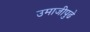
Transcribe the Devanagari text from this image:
उमाजीपुढे